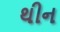
થીન